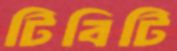
টিবিটি